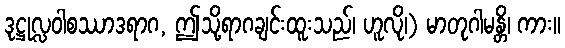
ဒုဋ္ဌုလ္လဝါစဿာဒရာဂ, ဤသို့ရာဂချင်းထူးသည်၊ ဟူလို၊) မာတုဂါမန္တိ၊ ကား။